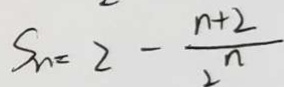
S _ { n } = 2 - \frac { n + 2 } { 2 ^ { n } }